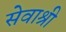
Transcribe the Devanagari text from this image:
सेवाश्री